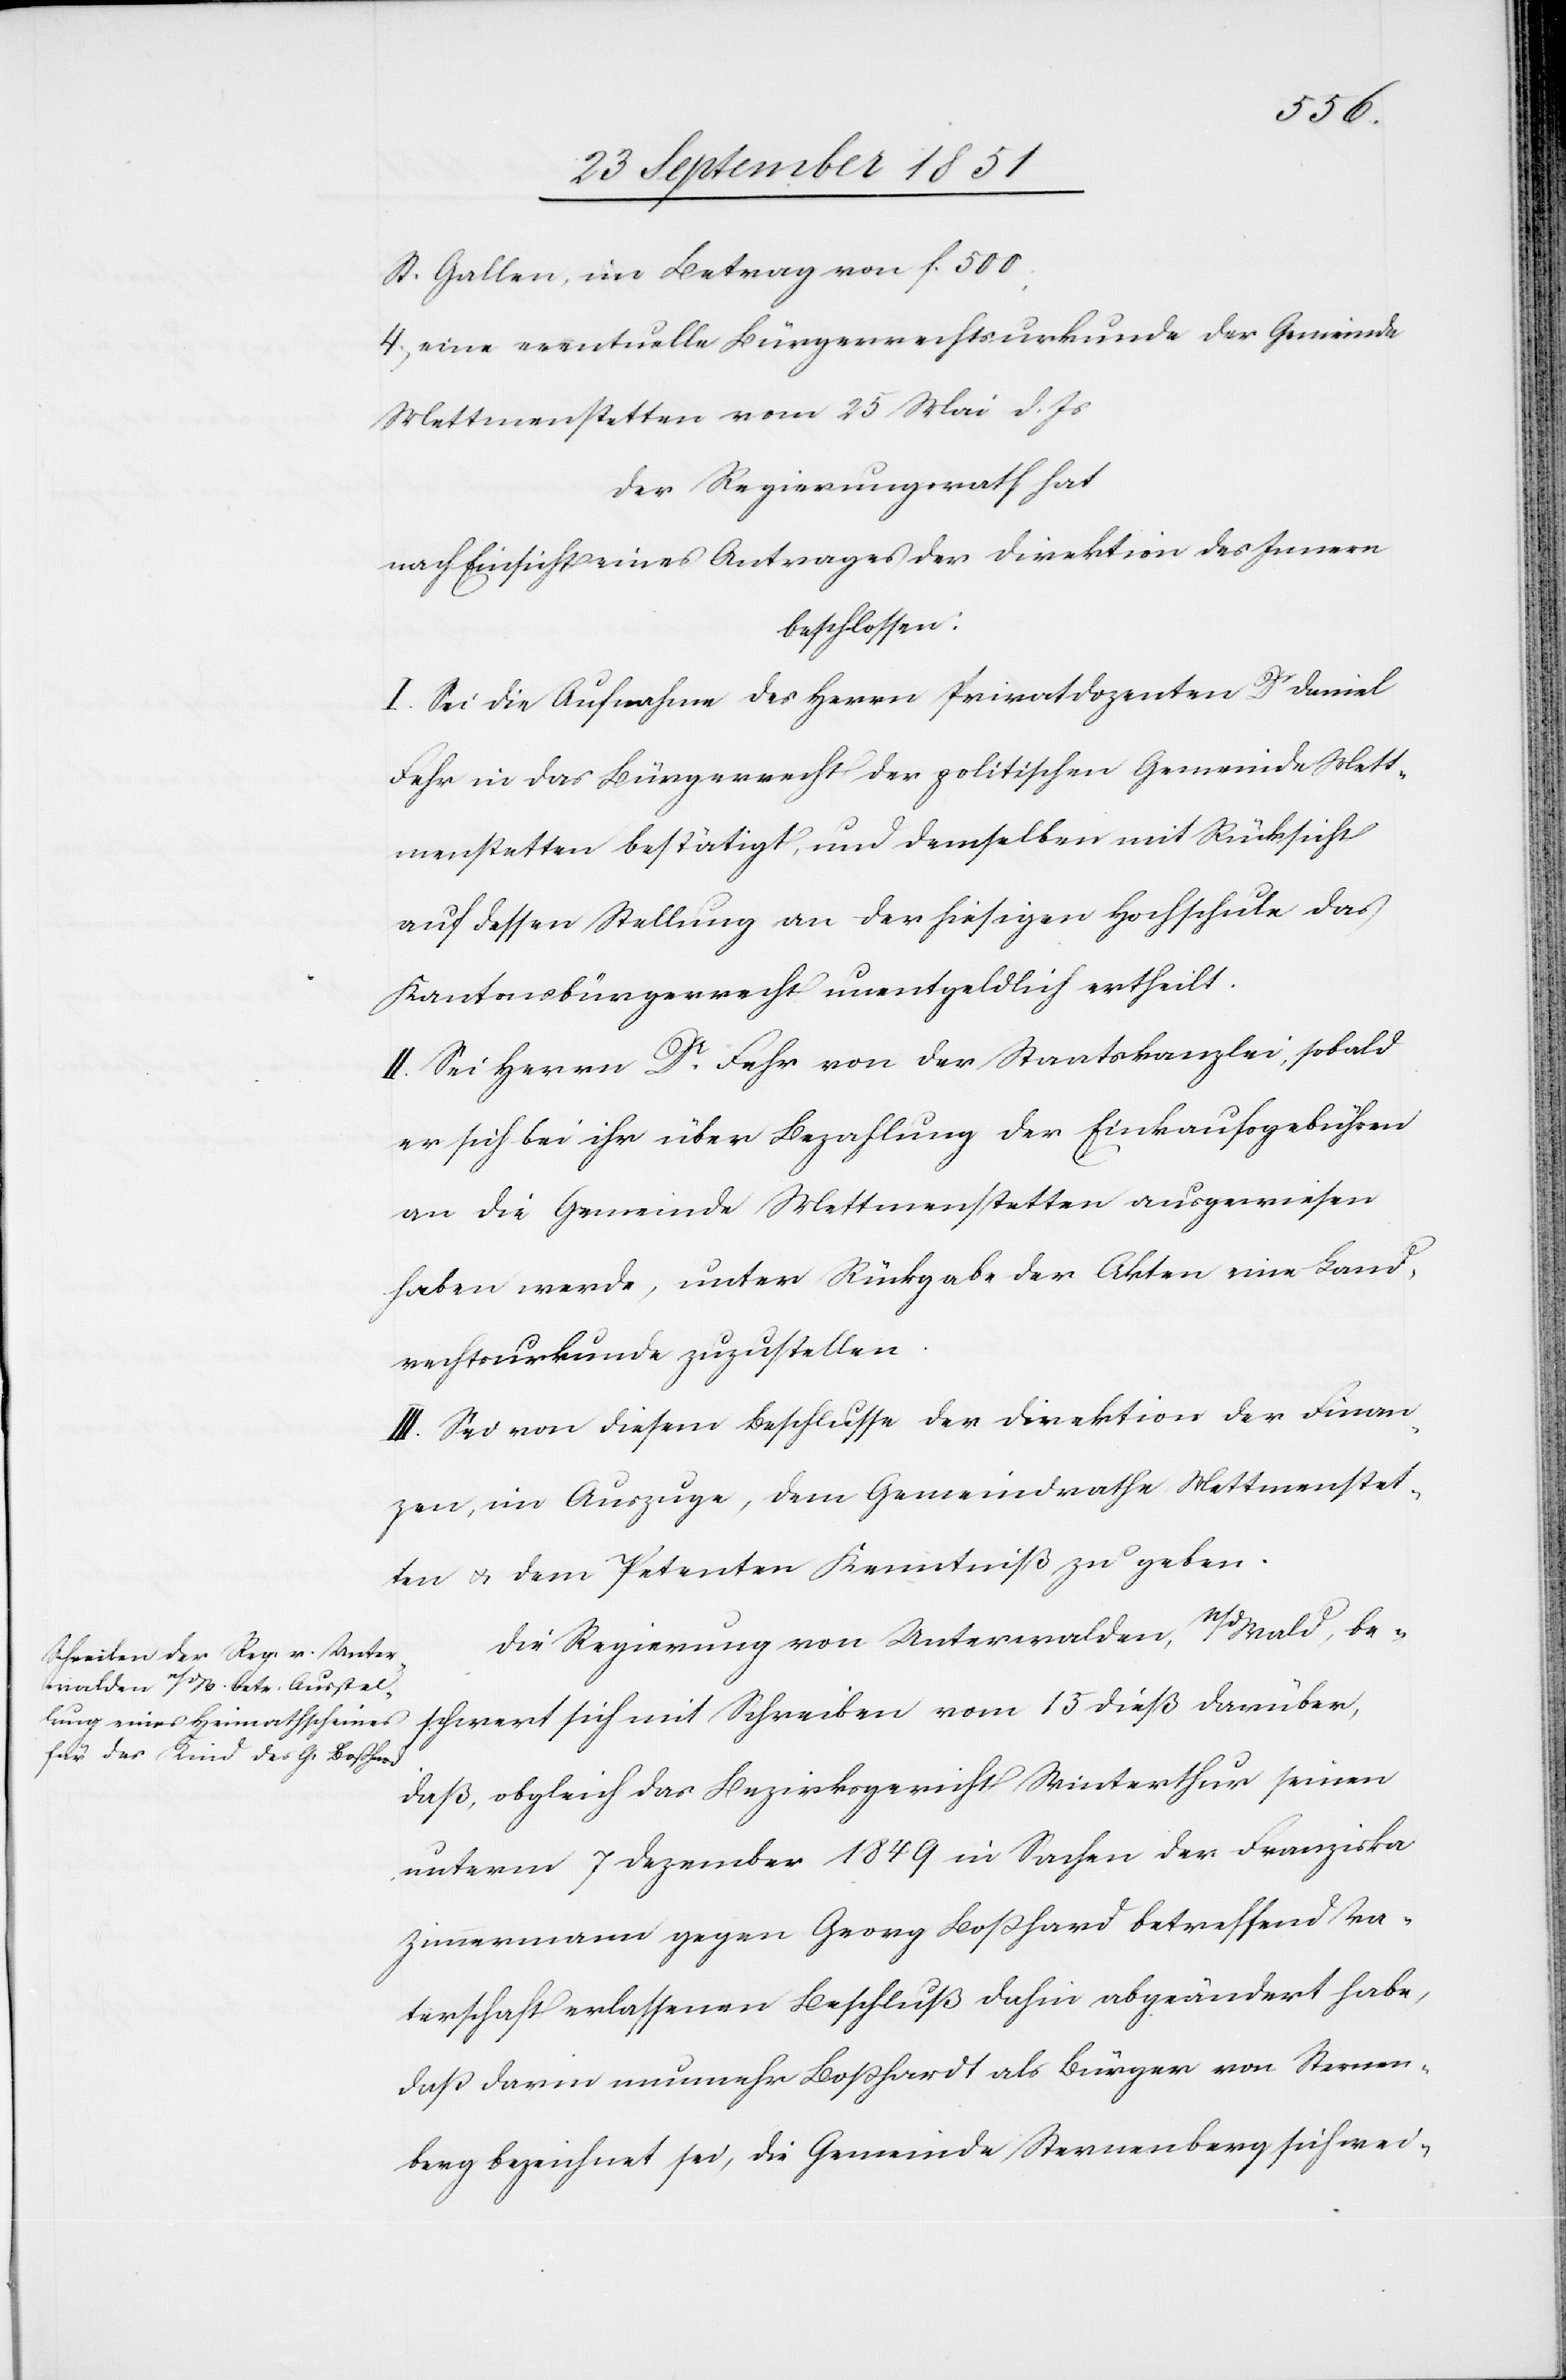
St. Gallen, im Betrag von f. 500;
4.) eine eventuelle Bürgerrechtsurkunde der Gemeinde
Mettmenstetten vom 25 Mai d. Js
Der Regierungsrath hat
nach Einsicht eines Antrages der Direktion des Innern
beschlossen:
I. Sei die Aufnahme des Herrn Privatdozenten Dr Daniel
Fehr in das Bürgerrecht der politischen Gemeinde Mett¬
menstetten bestätigt, und demselben mit Rücksicht
auf dessen Stellung an der hiesigen Hochschule das
Kantonsbürgerrecht unentgeldlich ertheilt.
II. Sei Herrn Dr. Fehr von der Staatskanzlei, sobald
er sich bei ihr über Bezahlung der Einkaufsgebühren
an die Gemeinde Mettmenstetten ausgewiesen
haben werde, unter Rückgabe der Akten eine Land¬
rechtsurkunde zuzustellen.
III. Sei von diesem Beschlusse der Direktion der Finan¬
zen, im Auszuge, dem Gemeindrathe Mettmenstet¬
ten & dem Petenten Kenntniß zu geben.
Die Regierung von Unterwalden, n/dWald, be¬
schwert sich mit Schreiben vom 13 dieß darüber,
daß, obgleich das Bezirksgericht Winterthur seinen
unterm 7 Dezember 1849 in Sachen der Franziska
Zimmermann gegen Georg Boßhard betreffend Va¬
terschaft erlassenen Beschluß dahin abgeändert habe,
daß darin nunmehr Boßhardt [sic!] als Bürger von Sternen¬
berg bezeichnet sei, die Gemeinde Sternenberg sich wei-